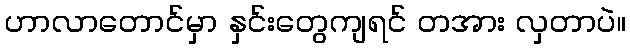
ဟာလာတောင်မှာ နှင်းတွေကျရင် တအား လှတာပဲ။